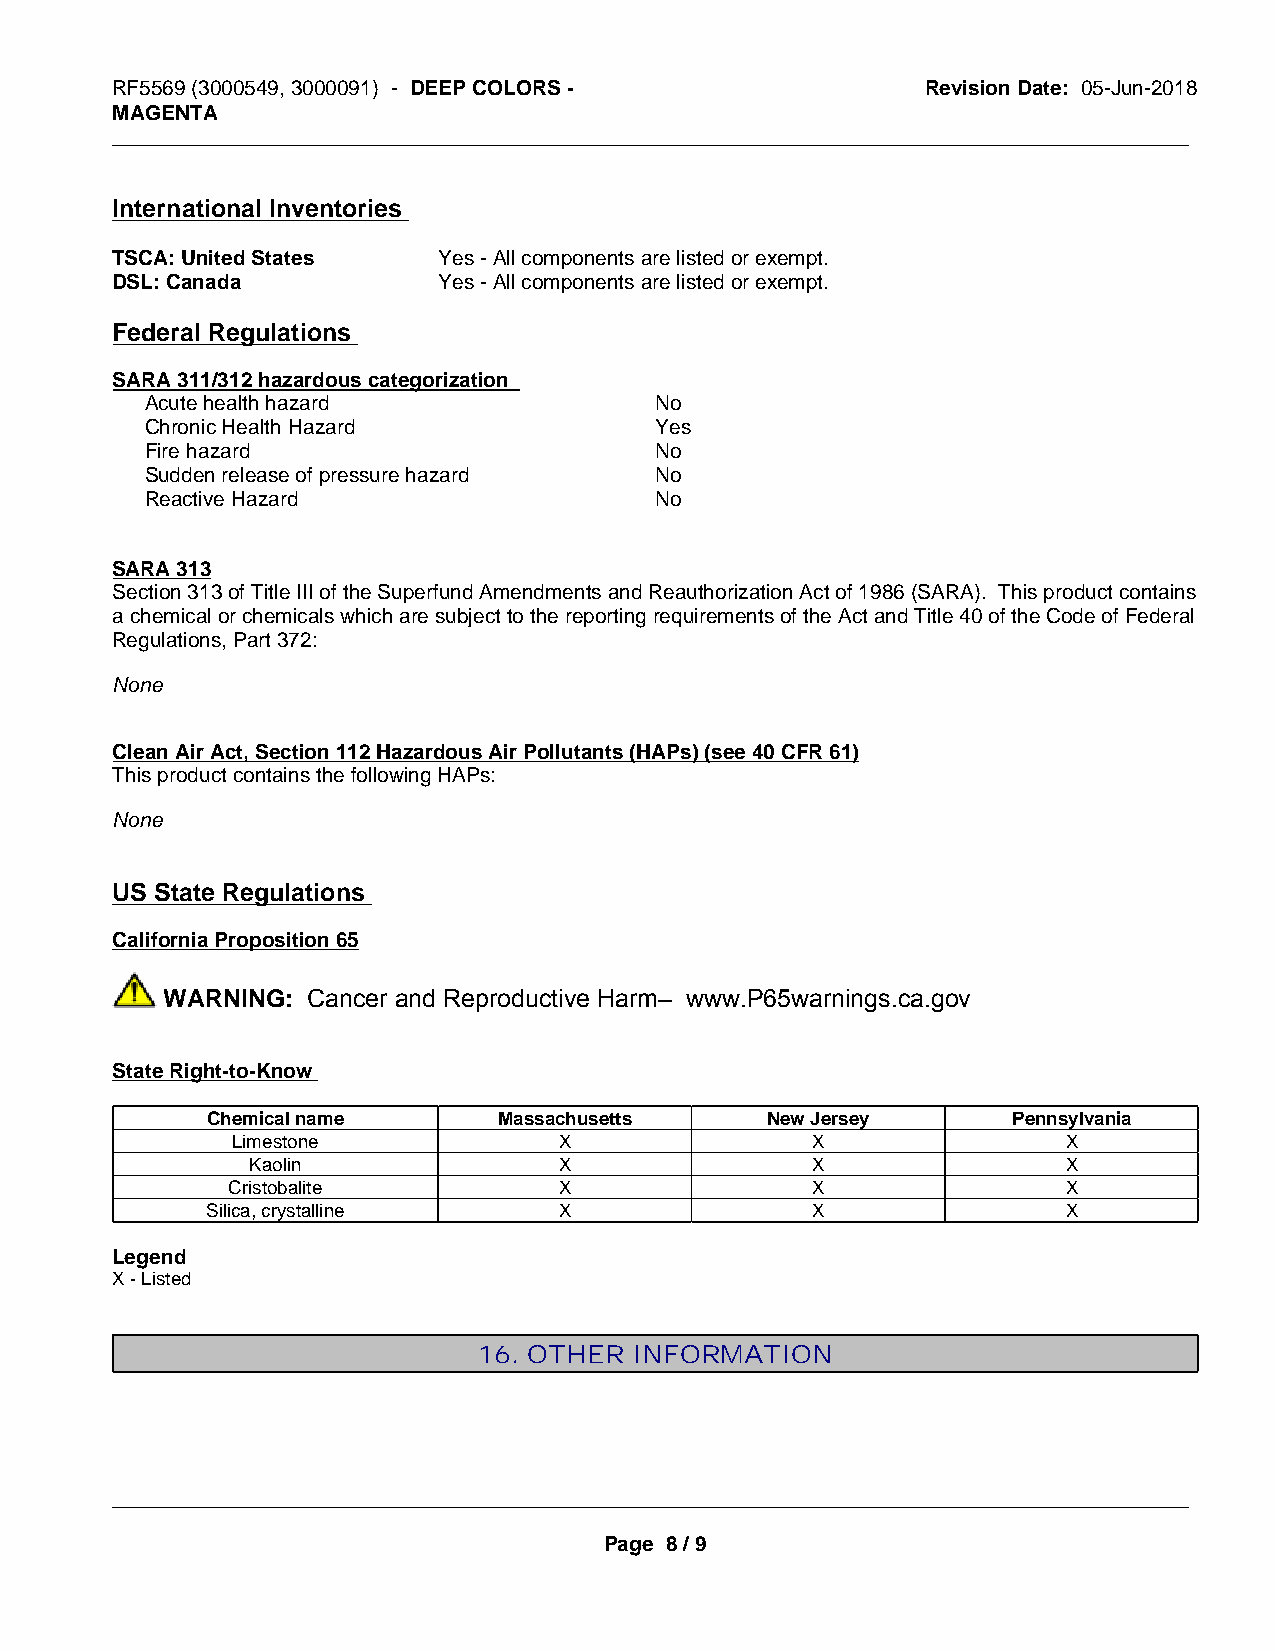
RF5569 (3000549, 3000091) - DEEP COLORS -             Revision Date: 05-Jun-2018
 MAGENTA
 _____________________________________________________________________________________________
 International Inventories
 TSCA: United States   Yes - All components are listed or exempt.
 DSL: Canada           Yes - All components are listed or exempt.
 Federal Regulations
 SARA 311/312 hazardous categorization
 Acute health hazard              No
 Chronic Health Hazard            Yes
 Fire hazard                      No
 Sudden release of pressure hazard No
 Reactive Hazard                  No
 SARA 313
 Section 313 of Title III of the Superfund Amendments and Reauthorization Act of 1986 (SARA). This product contains
 a chemical or chemicals which are subject to the reporting requirements of the Act and Title 40 of the Code of Federal
 Regulations, Part 372:
 None
 Clean Air Act, Section 112 Hazardous Air Pollutants (HAPs) (see 40 CFR 61)
 This product contains the following HAPs:
 None
 US State Regulations
 California Proposition 65
 WARNING: Cancer and Reproductive Harm– www.P65warnings.ca.gov
 State Right-to-Know
 Chemical name      Massachusetts     New Jersey      Pennsylvania
 Limestone             X                X                X
 Kaolin              X                X                X
 Cristobalite          X                X                X
 Silica, crystalline    X                X                X
 Legend
 X - Listed
 16. OTHER INFORMATION
 _____________________________________________________________________________________________
 Page 8 / 9